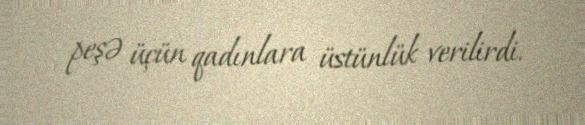
peşə üçün qadınlara üstünlük verilirdi.